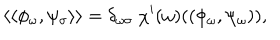
LaTeX: \langle \langle \phi _ { \omega } , \psi _ { \sigma } \rangle \rangle = \delta _ { \omega \sigma } ~ \chi ^ { \prime } ( \omega ) ( ( \phi _ { \omega } , \psi _ { \omega } ) ) ,